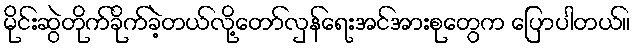
မိုင်းဆွဲတိုက်ခိုက်ခဲ့တယ်လို့တော်လှန်ရေးအင်အားစုတွေက ပြောပါတယ်။